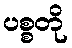
ပစ္စတို